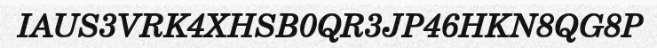
IAUS3VRK4XHSB0QR3JP46HKN8QG8P